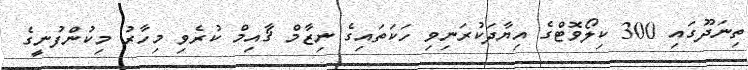
ތިނަދޫގައި 300 ކިލޯވޮޓްގެ އިޔާދަކުރަނިވި ހަކަތައިގެ ނިޒާމް ޤާއިމް ކުރެވި މިހާރު މިކުންފުނީގެ